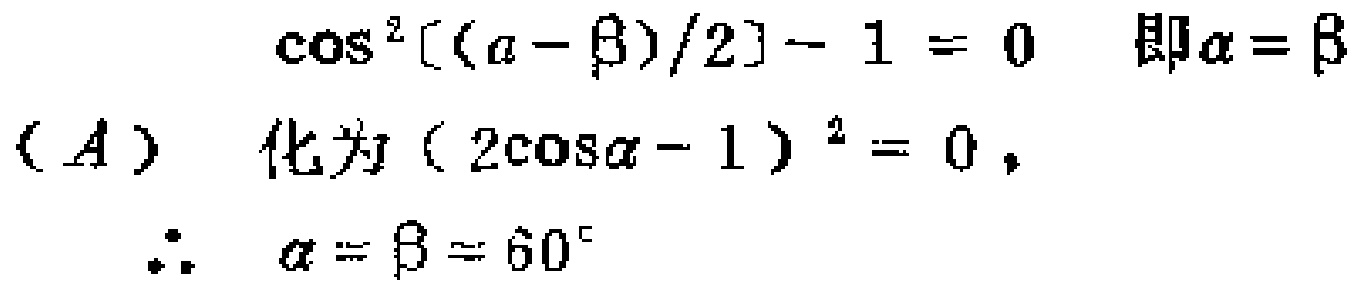
\(\cos^{2}[(\alpha - \beta)/2]-1 = 0\) 即\(\alpha=\beta\)
(A) 化为\((2\cos\alpha - 1)^{2}=0\)，
\(\therefore\) \(\alpha=\beta = 60^{\circ}\)